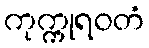
ကုက္ကုရဝတံ